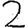
Digit: 2